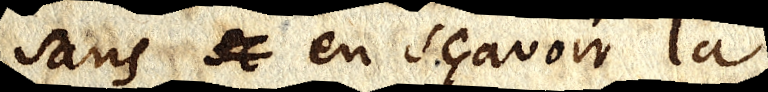
sans sc en sçavoir la